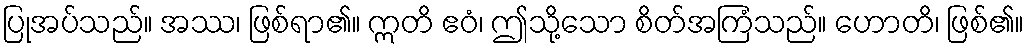
ပြုအပ်သည်။ အဿ၊ ဖြစ်ရာ၏။ ဣတိ ဧဝံ၊ ဤသို့သော စိတ်အကြံသည်။ ဟောတိ၊ ဖြစ်၏။